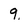
Character: 9